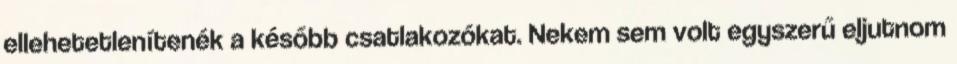
ellehetetlenítenék a később csatlakozókat. Nekem sem volt egyszerű eljutnom